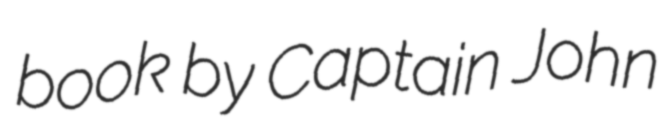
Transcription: book by Captain John